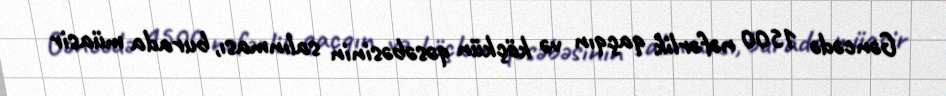
Gəncədə 1500 nəfərlik qaçqın və köçkün qəsəbəsinin salınması, burada müasir